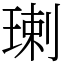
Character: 㻝